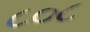
૮૦૮